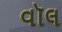
વૉલ